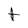
Character: t